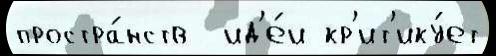
простра́нств  ид'е́и кр'ит'ику́ет